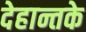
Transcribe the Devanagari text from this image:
देहान्तके